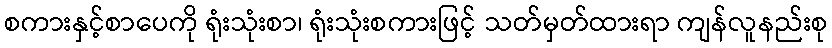
စကားနှင့်စာပေကို ရုံးသုံးစာ၊ ရုံးသုံးစကားဖြင့် သတ်မှတ်ထားရာ ကျန်လူနည်းစု